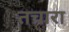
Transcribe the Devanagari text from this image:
तचारा